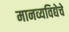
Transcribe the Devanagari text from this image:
मानव्यविद्येचे